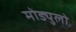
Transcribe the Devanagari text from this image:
मोड्युलो